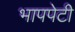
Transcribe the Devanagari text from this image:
भापपेटी